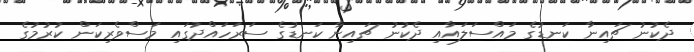
ދެކުނު ޗައިނާ ކަނޑުގެ މައްސަލައާއި ދެކުނު ޗައިނާ ކަނޑުގެ ސަރަހައްދުގައި މަސްވެރިކަން ކުރުމުގެ